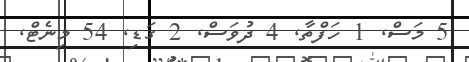
5 މަސް